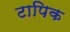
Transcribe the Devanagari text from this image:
टापिक